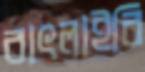
বাৎলাইবি